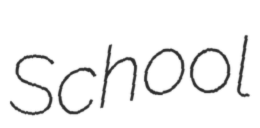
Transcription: School